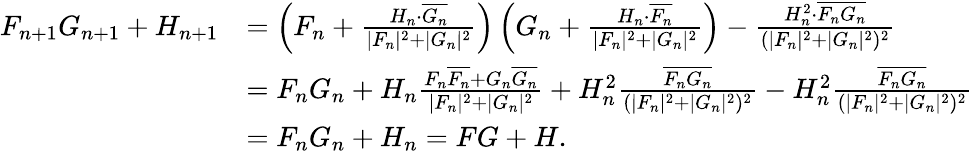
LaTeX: \begin{array}{rl}{F_{n+1}G_{n+1}+H_{n+1}}&{=\left(F_{n}+\frac{H_{n}\cdot\overline{{G_{n}}}}{|F_{n}|^{2}+|G_{n}|^{2}}\right)\left(G_{n}+\frac{H_{n}\cdot\overline{{F_{n}}}}{|F_{n}|^{2}+|G_{n}|^{2}}\right)-\frac{H_{n}^{2}\cdot\overline{{F_{n}G_{n}}}}{(|F_{n}|^{2}+|G_{n}|^{2})^{2}}}\\ &{=F_{n}G_{n}+H_{n}\frac{F_{n}\overline{{F_{n}}}+G_{n}\overline{{G_{n}}}}{|F_{n}|^{2}+|G_{n}|^{2}}+H_{n}^{2}\frac{\overline{{F_{n}G_{n}}}}{(|F_{n}|^{2}+|G_{n}|^{2})^{2}}-H_{n}^{2}\frac{\overline{{F_{n}G_{n}}}}{(|F_{n}|^{2}+|G_{n}|^{2})^{2}}}\\ &{=F_{n}G_{n}+H_{n}=FG+H.}\end{array}